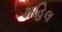
મહિલ